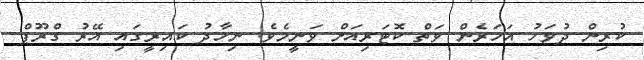
ކުރިން ދުވަހު އަހަރެން ވަތް ކޮޓަރިއަށް ވަނީމެވެ. ނިހާދު ކައިރީގައި އޭރު ގްރޫޕް